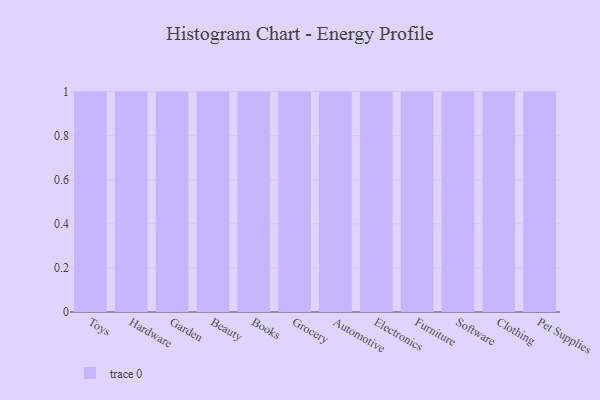
{"axis": {"x": "Category", "y": "Inventory Turnover"}, "legend": [""], "data": [{"x": "Toys", "y": 29, "type": ""}, {"x": "Hardware", "y": 15, "type": ""}, {"x": "Garden", "y": 26, "type": ""}, {"x": "Beauty", "y": 72, "type": ""}, {"x": "Books", "y": 27, "type": ""}, {"x": "Grocery", "y": 88, "type": ""}, {"x": "Automotive", "y": 26, "type": ""}, {"x": "Electronics", "y": 52, "type": ""}, {"x": "Furniture", "y": 10, "type": ""}, {"x": "Software", "y": 60, "type": ""}, {"x": "Clothing", "y": 63, "type": ""}, {"x": "Pet Supplies", "y": 23, "type": ""}]}